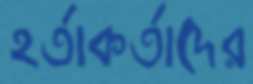
হর্তাকর্তাদের